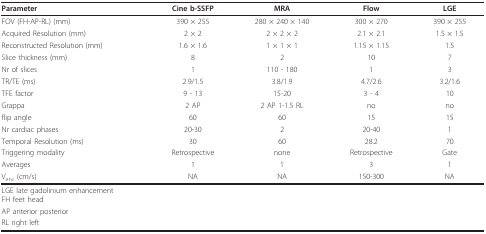
<table><thead><tr><td><b>Parameter</b></td><td><b>Cine b-SSFP</b></td><td><b>MRA</b></td><td><b>Flow</b></td><td><b>LGE</b></td></tr></thead><tbody><tr><td>FOV (FH-AP-RL) (mm)</td><td>390 × 255</td><td>280 × 240 × 140</td><td>300 × 270</td><td>390 × 255</td></tr><tr><td>Acquired Resolution (mm)</td><td>2 × 2</td><td>2 × 2 × 2</td><td>2.1 × 2.1</td><td>1.5 × 1.5</td></tr><tr><td>Reconstructed Resolution (mm)</td><td>1.6 × 1.6</td><td>1 × 1 × 1</td><td>1.15 × 1.15</td><td>1.5</td></tr><tr><td>Slice thickness (mm)</td><td>8</td><td>2</td><td>10</td><td>7</td></tr><tr><td>Nr of slices</td><td>1</td><td>110 - 180</td><td>1</td><td>3</td></tr><tr><td>TR/TE (ms)</td><td>2.9/1.5</td><td>3.8/1.9</td><td>4.7/2.6</td><td>3.2/1.6</td></tr><tr><td>TFE factor</td><td>9 - 13</td><td>15-20</td><td>3 - 4</td><td>10</td></tr><tr><td>Grappa</td><td>2 AP</td><td>2 AP 1-1.5 RL</td><td>no</td><td>no</td></tr><tr><td>flip angle</td><td>60</td><td>60</td><td>15</td><td>15</td></tr><tr><td>Nr cardiac phases</td><td>20-30</td><td>2</td><td>20-40</td><td>1</td></tr><tr><td>Temporal Resolution (ms)</td><td>30</td><td>60</td><td>28.2</td><td>70</td></tr><tr><td>Triggering modality</td><td>Retrospective</td><td>none</td><td>Retrospective</td><td>Gate</td></tr><tr><td>Averages</td><td>1</td><td>1</td><td>3</td><td>1</td></tr><tr><td>V<sub>enc </sub>(cm/s)</td><td>NA</td><td>NA</td><td>150-300</td><td>NA</td></tr><tr><td>LGE late gadolinium enhancementFH feet head</td><td></td><td></td><td></td><td></td></tr><tr><td>AP anterior posterior</td><td></td><td></td><td></td><td></td></tr><tr><td>RL right left</td><td></td><td></td><td></td><td></td></tr></tbody></table>